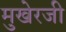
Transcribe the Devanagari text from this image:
मुखेरजी